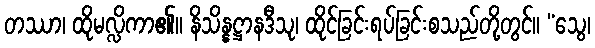
တဿာ၊ ထိုမလ္လိကာ၏။ နိသိန္နဋ္ဌာနဒီသု၊ ထိုင်ခြင်းရပ်ခြင်းစသည်တို့တွင်။ “သွေ၊